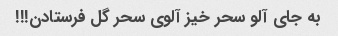
به جای آلو سحر خیز آلوی سحر گل فرستادن!!!